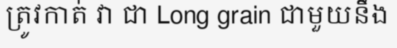
ត្រូវកាត់ វា ជា Long grain ជាមួយនឹង